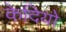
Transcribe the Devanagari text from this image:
केदियो